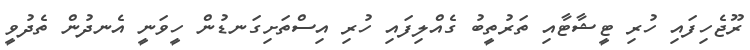
ރޫޖެހިފައި ހުރި ޓީޝާޓާއި ތަރުތީބު ގެއްލިފައި ހުރި އިސްތަށިގަނޑުން ހީވަނީ އެނދުން ތެދުވީ